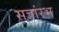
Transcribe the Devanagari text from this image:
सत्रांरभ